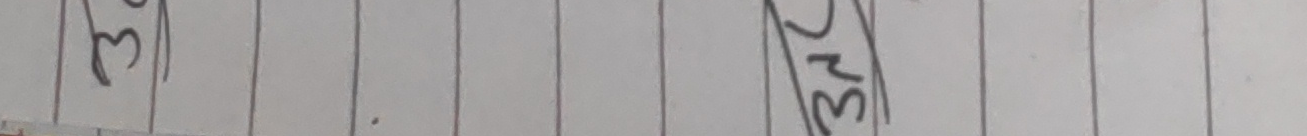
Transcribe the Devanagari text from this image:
३१ ३४